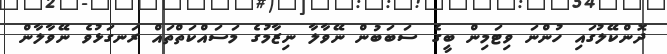
ދޮންކޭލުގައި ހުންނަ ވިޓަމިން ބީގެ ސަބަބުން ނޭވާލާ ނިޒާމުގެ މަސައްކަތްތައް ރަނގަޅުވެ ނޭވާލާން